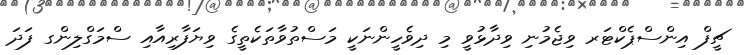
ޗީފް އިންސްޕެކްޓަރ ވިޖެމުނި ވިދާޅުވީ މި ދިވެހީންނަކީ މަސްތުވާތަކެތީގެ ވިޔަފާރިއާއި ސްމަގްލިންގ ފަދަ